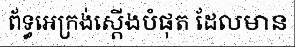
ព័ទ្ធអេក្រង់ស្តើងបំផុត ដែលមាន